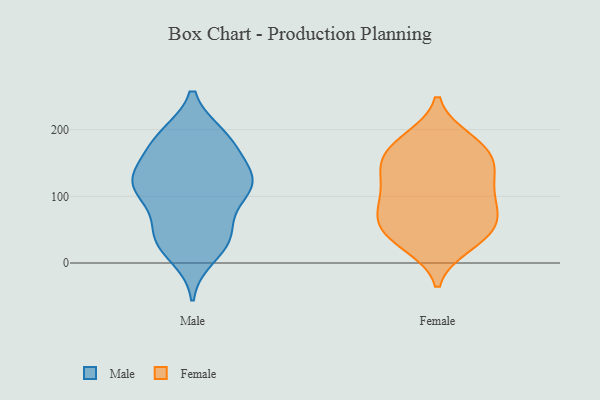
{"axis": {"x": "Temperature (°C)", "y": "Value"}, "legend": ["Female", "Male"], "data": [{"x": "", "y": 38, "type": "Male"}, {"x": "", "y": 188, "type": "Male"}, {"x": "", "y": 116, "type": "Male"}, {"x": "", "y": 58, "type": "Male"}, {"x": "", "y": 136, "type": "Male"}, {"x": "", "y": 123, "type": "Male"}, {"x": "", "y": 124, "type": "Male"}, {"x": "", "y": 37, "type": "Male"}, {"x": "", "y": 36, "type": "Male"}, {"x": "", "y": 131, "type": "Male"}, {"x": "", "y": 190, "type": "Male"}, {"x": "", "y": 117, "type": "Male"}, {"x": "", "y": 178, "type": "Male"}, {"x": "", "y": 188, "type": "Male"}, {"x": "", "y": 99, "type": "Male"}, {"x": "", "y": 11, "type": "Male"}, {"x": "", "y": 174, "type": "Male"}, {"x": "", "y": 117, "type": "Male"}, {"x": "", "y": 35, "type": "Male"}, {"x": "", "y": 104, "type": "Male"}, {"x": "", "y": 30, "type": "Female"}, {"x": "", "y": 129, "type": "Female"}, {"x": "", "y": 186, "type": "Female"}, {"x": "", "y": 114, "type": "Female"}, {"x": "", "y": 91, "type": "Female"}, {"x": "", "y": 69, "type": "Female"}, {"x": "", "y": 45, "type": "Female"}, {"x": "", "y": 143, "type": "Female"}, {"x": "", "y": 167, "type": "Female"}, {"x": "", "y": 67, "type": "Female"}, {"x": "", "y": 87, "type": "Female"}, {"x": "", "y": 102, "type": "Female"}, {"x": "", "y": 27, "type": "Female"}, {"x": "", "y": 142, "type": "Female"}, {"x": "", "y": 46, "type": "Female"}, {"x": "", "y": 153, "type": "Female"}, {"x": "", "y": 58, "type": "Female"}, {"x": "", "y": 186, "type": "Female"}, {"x": "", "y": 168, "type": "Female"}]}